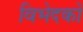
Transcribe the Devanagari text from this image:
विभेदकों